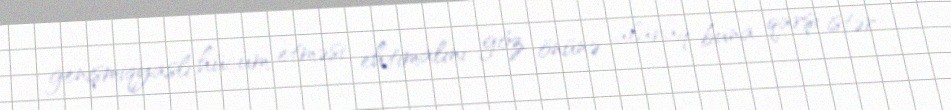
genişmiqyaslı hücum etməsi ehtimalını göz önünə alaraq buna qarşı istər